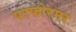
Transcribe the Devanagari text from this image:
परफोरमर